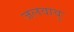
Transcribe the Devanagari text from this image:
जलवायुः